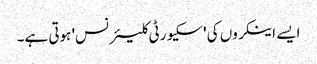
ایسے اینکروں کی 'سکیورٹی کلیئرنس' ہوتی ہے۔